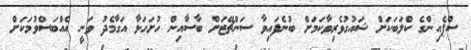
ސްޕެއިންގެ ކްލަބަކަށް ޝައުގުވެރިވާކަމަށް ބުނެފައިވާ ސަންޗޭޒަށް ބާސާއިން ހުށަހަޅާ އަގާމެދު ވަނީ އެއްބަސްވުމަކަށް